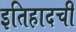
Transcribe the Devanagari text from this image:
इतिहादची